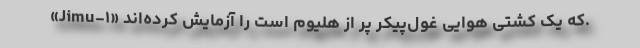
«Jimu-۱» که یک کشتی هوایی غول‌پیکر پر از هلیوم است را آزمایش کرده‌اند.